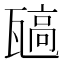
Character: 𬎯